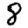
Digit: 8